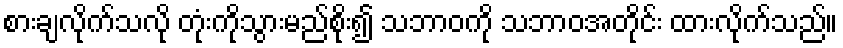
စားချလိုက်သလို တုံးကိုသွားမည်စိုး၍ သဘာဝကို သဘာဝအတိုင်း ထားလိုက်သည်။